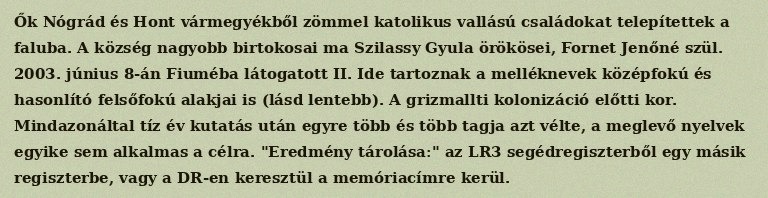
Ők Nógrád és Hont vármegyékből zömmel katolikus vallású családokat telepítettek a faluba. A község nagyobb birtokosai ma Szilassy Gyula örökösei, Fornet Jenőné szül. 2003. június 8-án Fiuméba látogatott II. Ide tartoznak a melléknevek középfokú és hasonlító felsőfokú alakjai is (lásd lentebb). A grizmallti kolonizáció előtti kor. Mindazonáltal tíz év kutatás után egyre több és több tagja azt vélte, a meglevő nyelvek egyike sem alkalmas a célra. "Eredmény tárolása:" az LR3 segédregiszterből egy másik regiszterbe, vagy a DR-en keresztül a memóriacímre kerül.